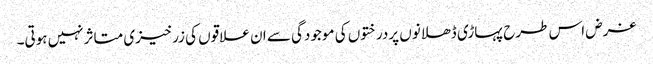
غرض اس طرح پہاڑی ڈھلانوں پردرختوں کی موجودگی سے ان علاقوں کی زرخیزی متاثرنہیں ہوتی۔